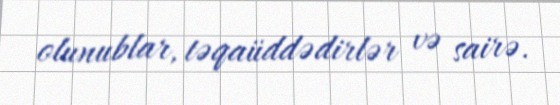
olunublar, təqaüddədirlər və sairə.